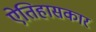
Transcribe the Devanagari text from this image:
ऐतिहासकार